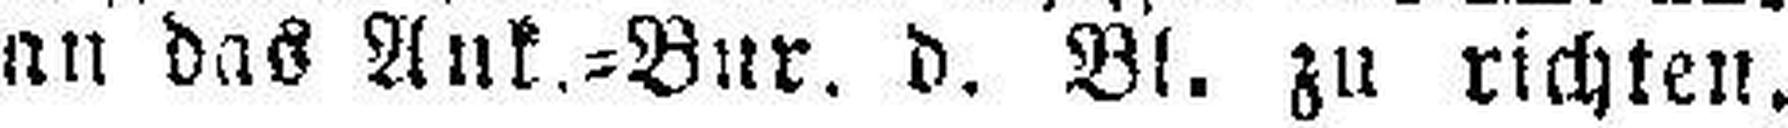
an das Ank.=Bur. d. Bl. zu richten.